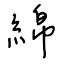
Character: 綿